Annual statistical returns and brief notes on vaccination in Bengal - 1909-1929
Year: 1909
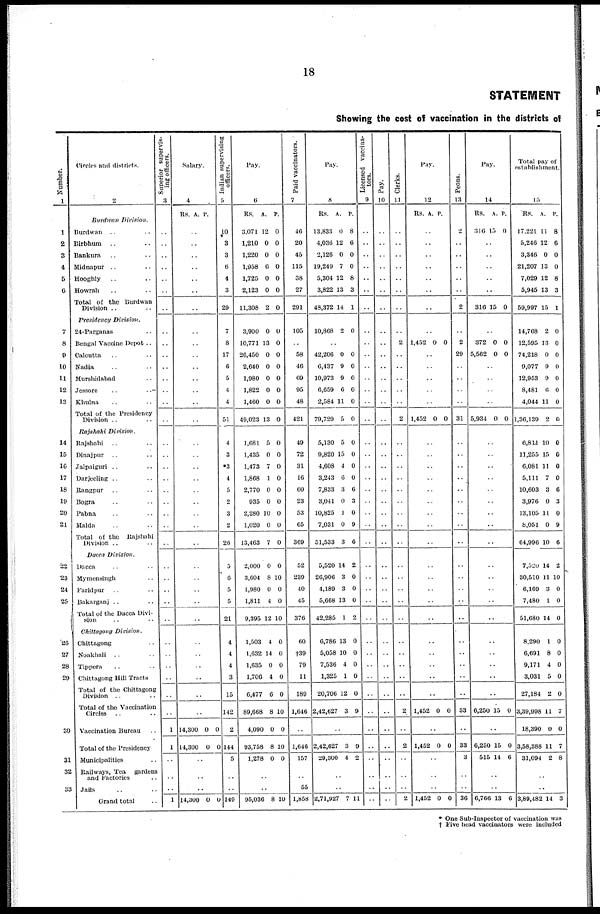
18
STATEMENT
Showing the cost of vaccination in the districts of
Number.
1
1
2
3
4
5
6
7
8
9
10
11
12
13
14
15
16
17
18
19
20
21
22
23
24
25
26
27
28
29
30
31
32
33
Circles and districts.
2
Burdwan Division.
Burdwan .. ..
Birbhum .. ..
Bankura .. ..
Midnapur .. ..
Hooghly .. ..
Howrah .. ..
Total of the Burdwan
Division .. ..
Presidency Division.
24-Parganas ..
Bengal Vaccine Depot ..
Calcutta .. ..
Nadia .. ..
Murahidabad ..
Jessore .. ..
Khulna .. ..
Total of the Presidency
Division .. ..
Rajshahi Division.
Rajshahi .. ..
Dinajpur .. ..
Jalpaiguri .. ..
Darjeeling .. ..
Rangpur .. ..
Bogra .. ..
Pabna .. ..
Malda .. ..
Total of the Rajshahi
Division .. ..
Dacca Division.
Dacca .. ..
Mymensingh ..
Faridpur .. ..
Bakarganj .. ..
Total of the Dacca Divi-
sion .. ..
Chittagong Division.
Chittagong ..
Noakhali .. ..
Tippera .. ..
Chittagong Hill Tracts
Total of the Chittagong
Division .. ..
Total of the Vaccination
Circles .. ..
Vaccination Bureau ..
Total of the Presidency
Municipalities ..
Railways, Tea gardens
and Factories ..
Jails .. ..
Grand total ..
Superior supervis¬
ing officers.
3
..
..
..
..
..
..
..
..
..
..
..
..
..
..
..
..
..
..
..
..
..
..
..
..
..
..
..
..
..
..
..
..
..
..
..
1
1
..
..
..
1
Salary.
4
Rs. A. P.
..
..
..
..
..
..
..
..
..
..
..
..
..
..
..
..
..
..
..
..
..
..
..
..
..
..
..
..
..
..
..
..
..
..
..
14,300
14,300
0
0
0
0
..
..
..
14,300 0 0
Indian supervising
officers.
5
10
3
3
6
4
3
29
7
8
17
6
5
4
4
51
4
3
*3
4
5
2
3
2
26
5
6
5
5
21
4
4
4
3
15
142
2
144
5
..
..
149
Pay.
6
Rs.
3,071
1,210
1,220
1,958
1,725
2,123
11,308
A.
12
0
0
6
0
0
2
P.
0
0
0
0
0
0
0
3,900
10,771
26,450
2,640
1,980
1,822
1,460
49,023
0
13
0
0
0
0
0
13
0
0
0
0
0
0
0
0
1,681
1,435
1,473
1,868
2,770
935
2,280
1,020
13,463
5
0
7
1
0
0
10
0
7
0
0
0
0
0
0
0
0
0
2,000
3,604
1,980
1,811
9,395
0
8
0
4
12
0
10
0
0
10
1,503
1,632
1,635
1,706
6,477
89,668
4,090
93,758
1,278
4
14
0
4
6
8
0
8
0
0
0
0
0
0
10
0
10
0
..
..
95,036 8 10
Paid vaccinators.
7
46
20
45
115
38
27
291
105
..
58
46
69
95
48
421
49
72
31
16
60
23
53
65
369
52
239
40
45
376
60
†39
79
11
189
1,646
..
1,646
157
..
55
1,858
Pay.
8
Rs.
13,833
4,036
2,126
19,249
5,304
3,822
48,372
A.
0
12
0
7
12
13
14
P.
8
6
0
0
8
3
1
10,868 2 0
..
42,206
6,437
10,973
6,659
2,584
79,729
0
9
9
6
11
5
0
0
0
0
0
0
5,130
9,820
4,608
3,243
7,833
3,041
10,825
7,031
51,533
5
15
4
6
3
0
1
0
3
0
0
0
0
6
3
0
9
6
5,520
26,906
4,189
5,668
42,285
14
3
3
13
1
2
0
0
0
2
6,786
5,058
7,536
1,325
20,706
2,42,627
13
10
4
1
12
3
0
0
0
0
0
9
..
2,42,627
29,300
3
4
9
2
..
..
2,71,927 7 11
Licensed vaccina¬
tors.
9
..
..
..
..
..
..
..
..
..
..
..
..
..
..
..
..
..
..
..
..
..
..
..
..
..
..
..
..
..
..
..
..
..
..
..
..
..
..
..
..
..
Pay.
10
..
..
..
..
..
..
..
..
..
..
..
..
..
..
..
..
..
..
..
..
..
..
..
..
..
..
..
..
..
..
..
..
..
..
..
..
..
..
..
..
..
Clerks.
11
..
..
..
..
..
..
..
..
2
..
..
..
..
..
2
..
..
..
..
..
..
..
..
..
..
..
..
..
..
..
..
..
..
..
2
..
2
..
..
..
2
Pay.
12
Rs. A. P.
..
..
..
..
..
..
..
..
1,452 0 0
..
..
..
..
..
1,452 0 0
..
..
..
..
..
..
..
..
..
..
..
..
..
..
..
..
..
..
..
1,452 0 0
..
1,452 0 0
..
..
..
1,452 0 0
Peons.
13
2
..
..
..
..
..
2
..
2
29
..
..
..
..
31
..
..
..
..
..
..
..
..
..
..
..
..
..
..
..
..
..
..
..
33
..
33
3
..
..
36
Pay.
14
Rs.
316
A.
15
P.
0
..
..
..
..
..
316 15 0
..
372
5,562
0
0
0
0
..
..
..
..
5,934 0 0
..
..
..
..
..
..
..
..
..
..
..
..
..
..
..
..
..
..
..
6,250 15 0
..
6,250
515
15
14
0
6
..
..
6,766 13 6
Total pay of
establishment.
15
Rs.
17,221
5,246
3,346
21,207
7,029
5,945
59,997
A.
11
12
0
13
12
13
15
P.
8
6
0
0
8
3
1
14,768
12,595
74,218
9,077
12,953
8,481
4,044
1,36,139
2
13
0
9
9
6
11
2
0
0
0
0
0
0
0
0
6,811
11,255
6,081
5,111
10,603
3,976
13,105
8,051
64,996
10
15
11
7
3
0
11
0
10
0
0
0
0
6
3
0
9
6
7,520
30,510
6,169
7,480
51,680
14
11
3
1
14
2
10
0
0
0
8,290
6,691
9,171
3,031
27,184
3,39,998
18,390
3,58,388
31,094
1
8
4
5
2
11
0
11
2
0
0
0
0
0
7
0
7
8
..
..
3,89,482 14 3
* One Sub-Inspector of vaccination was
† Five head vaccinators were included